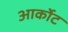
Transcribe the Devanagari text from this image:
आर्कोट